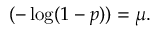
( - \log ( 1 - p ) ) = \mu .